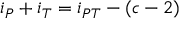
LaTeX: i _ { P } + i _ { T } = i _ { P T } - ( c - 2 )